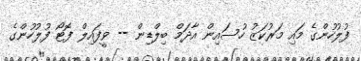
ފުލުހުންގެ މައި މަރުކަޒު ހުސައިން އާދަމް ބިލްޑިން -- ވީފައިލް ފޮޓޯ ފުލުހުންގެ